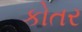
કોતર